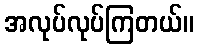
အလုပ်လုပ်ကြတယ်။